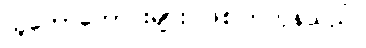
သူတော်ကောင်းများ ဖြစ်ကြကုန်သည်။